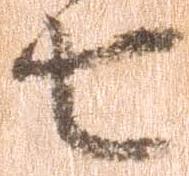
七